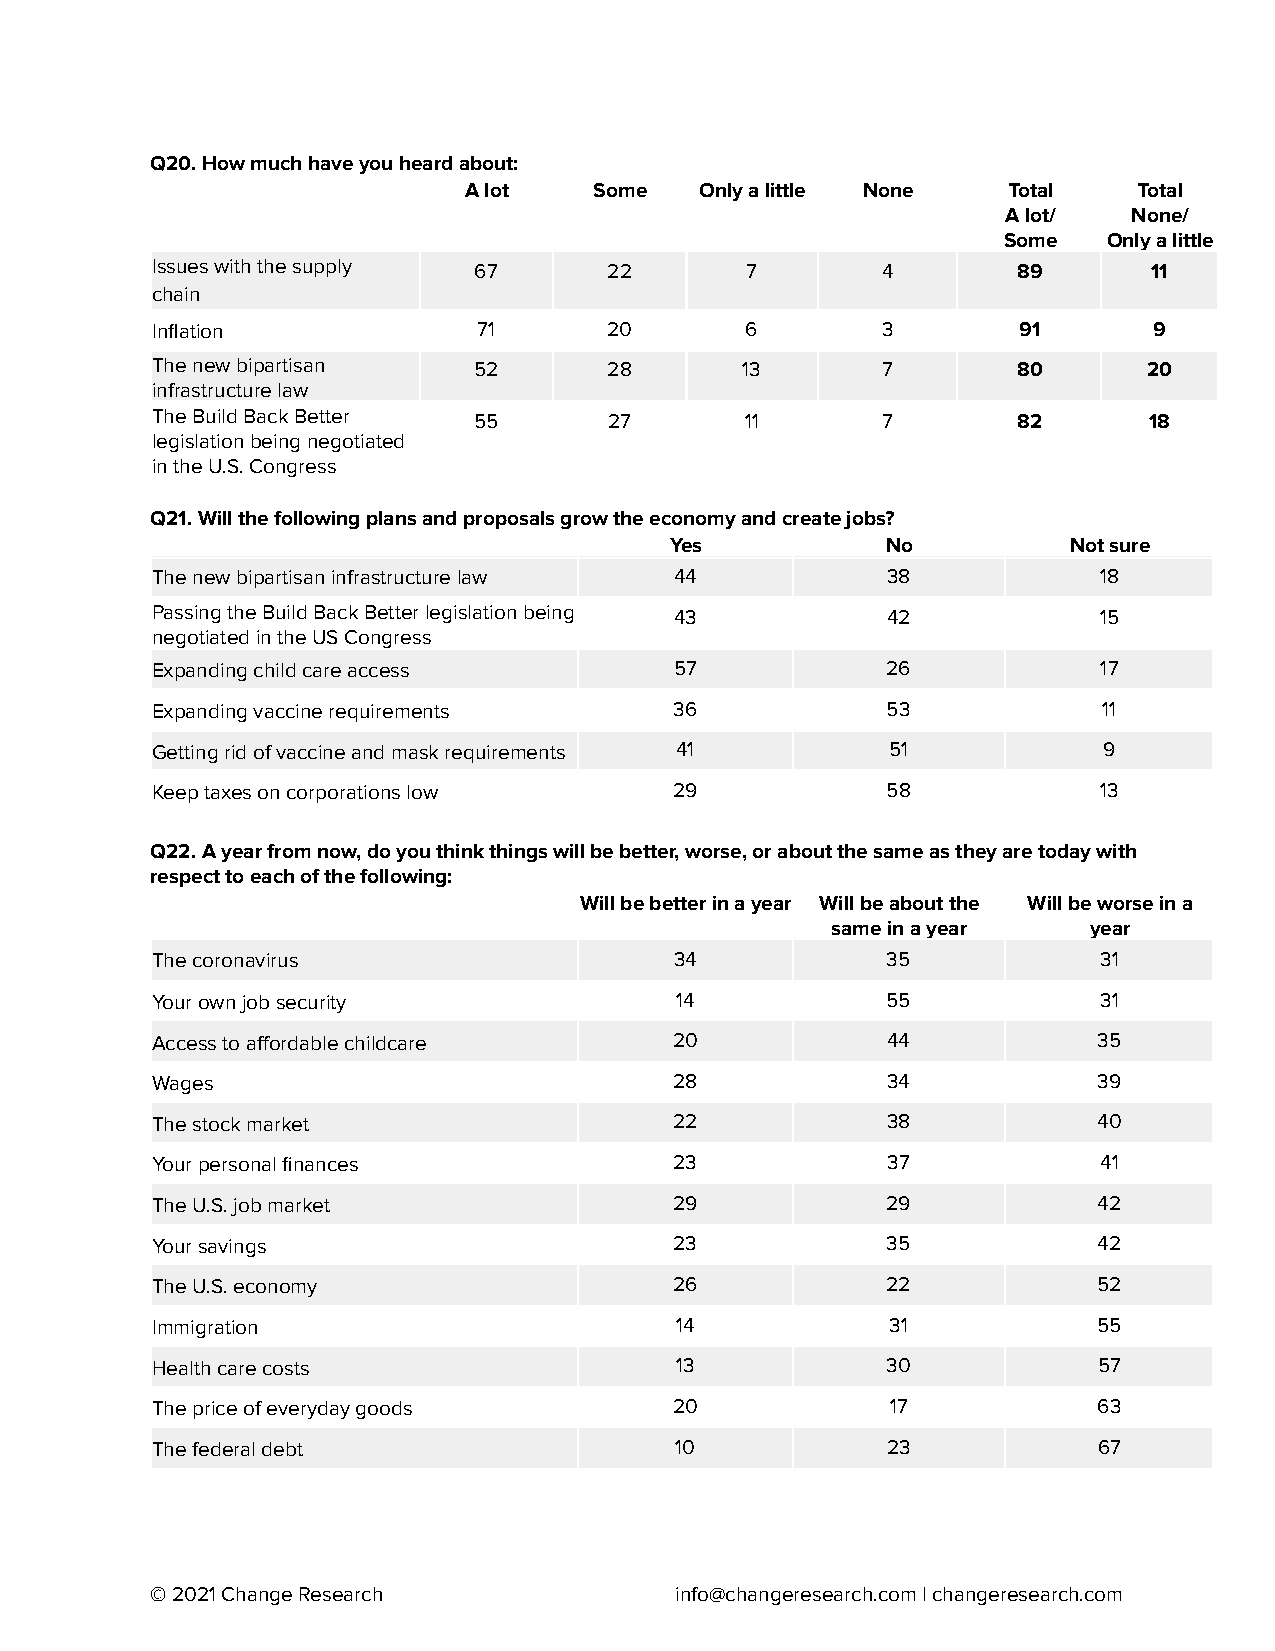
Q20. How much have you heard about:
 A lot   Some   Only a little None   Total   Total
 A lot/  None/
 Some   Only a little
 Issues with the supply 67     22       7        4        89       11
 chain
 Inflation             71      20       6        3        91       9
 The new bipartisan   52       28       13       7        80       20
 infrastructure law
 The Build Back Better 55      27       11       7        82       18
 legislation being negotiated
 in the U.S. Congress
 Q21. Will the following plans and proposals grow the economy and create jobs?
 Yes            No          Not sure
 The new bipartisan infrastructure law 44         38            18
 Passing the Build Back Better legislation being 43 42          15
 negotiated in the US Congress
 Expanding child care access        57            26            17
 Expanding vaccine requirements     36            53            11
 Getting rid of vaccine and mask requirements 41  51            9
 Keep taxes on corporations low     29            58            13
 Q22. A year from now, do you think things will be better, worse, or about the same as they are today with
 respect to each of the following:
 Will be better in a year Will be about the Will be worse in a
 same in a year   year
 The coronavirus                    34            35            31
 Your own job security              14            55            31
 Access to affordable childcare     20            44            35
 Wages                              28            34            39
 The stock market                   22            38            40
 Your personal finances             23            37            41
 The U.S. job market                29            29            42
 Your savings                       23            35            42
 The U.S. economy                   26            22            52
 Immigration                        14            31            55
 Health care costs                  13            30            57
 The price of everyday goods        20            17            63
 The federal debt                   10            23            67
 © 2021 Change Research             info@changeresearch.com| changeresearch.com